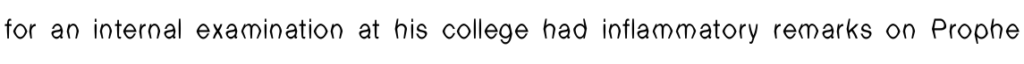
for an internal examination at his college had inflammatory remarks on Prophe